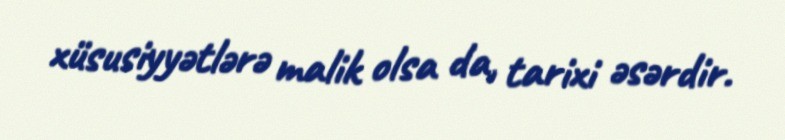
xüsusiyyətlərə malik olsa da, tarixi əsərdir.